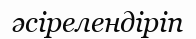
әсірелендіріп